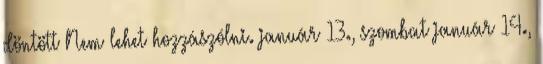
döntött Nem lehet hozzászólni. január 13., szombat január 14.,